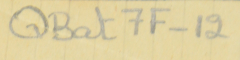
QBat7F-12